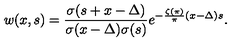
w ( x , s ) = \frac { \sigma ( s + x - \Delta ) } { \sigma ( x - \Delta ) \sigma ( s ) } e ^ { - \frac { \zeta ( \pi ) } { \pi } ( x - \Delta ) s } . \nonumber